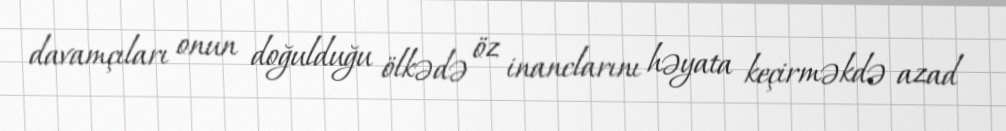
davamçıları onun doğulduğu ölkədə öz inanclarını həyata keçirməkdə azad